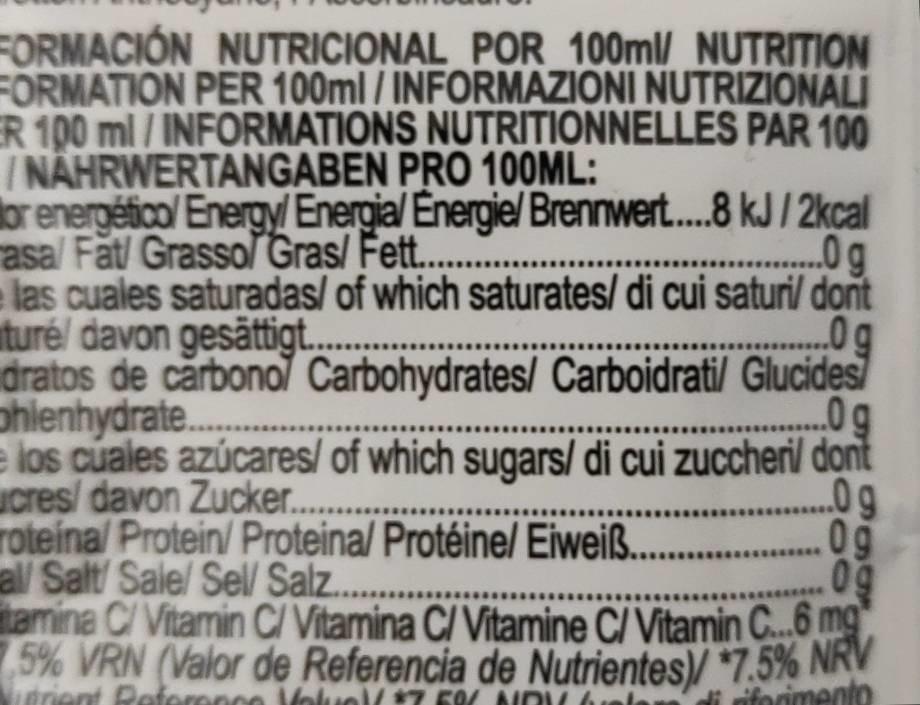
FORMACIÓN NUTRICIONAL POR 100ml/ NUTRITION FORMATION PER 100ml / INFORMAZIONI NUTRIZIONALI ER 100 ml/ INFORMATIONS NUTRITIONNELLES PAR 100 /NAHRWERTANGABEN PRO 100ML:
or energético/ Energy/ Energia/ Energie/ Brennwert.....8 kJ/2kcal asa/ Fat Grasso/ Gras/ Fett......... ...... g
...og
las cuales saturadas/ of which saturates/ di cui saturi/ don't turé/ davon gesättigt...
dratos de carbono Carbohydrates/ Carboidrati/ Glucides phlenhydrate...........
..0 g
e los cuales azúcares/ of which sugars/ di cui zuccheril dont cres/ davon Zucker.........
...09
roteína/ Protein/ Proteina/ Protéine/ Eiweiß. al/ Salt/ Sale/ Sel/ Salz....
09
09
tamina C/ Vitamin C/ Vitamina C/ Vitamine C/ Vitamin C...6 mg 5% VRN (Valor de Referencia de Nutrientes)/ *7.5% NRV
utrient Reference Volvoll *7 5% NPV be
di riferimento